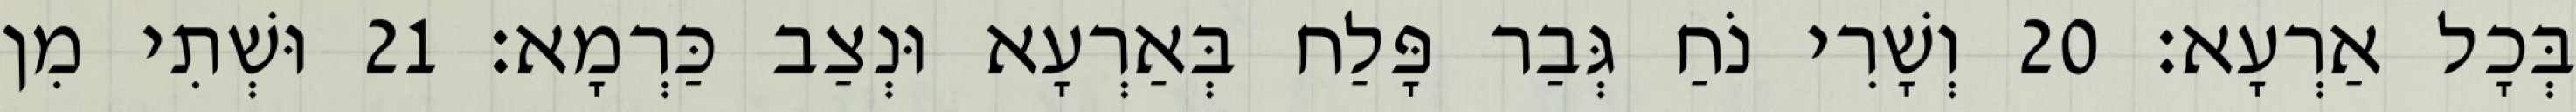
בְּכָל אַרְעָא׃ 20 וְשָׁרִי נֹחַ גְּבַר פָּלַח בְּאַרְעָא וּנְצַב כַּרְמָא׃ 21 וּשְׁתִי מִן